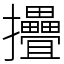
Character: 㩹